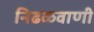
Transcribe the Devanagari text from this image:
निढळवाणी